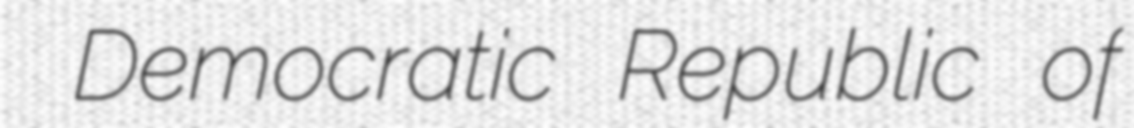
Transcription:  Democratic Republic of